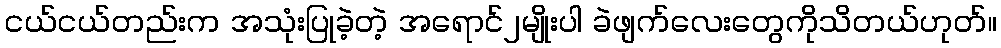
ငယ်ငယ်တည်းက အသုံးပြုခဲ့တဲ့ အရောင်၂မျိုးပါ ခဲဖျက်လေးတွေကိုသိတယ်ဟုတ်။